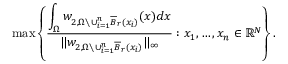
\operatorname* { m a x } \left\{ \frac { \displaystyle \int _ { \Omega } w _ { 2 , \Omega \setminus \cup _ { i = 1 } ^ { n } \overline { B } _ { r } ( x _ { i } ) } ( x ) d x } { \| w _ { 2 , \Omega \setminus \cup _ { i = 1 } ^ { n } \overline { B } _ { r } ( x _ { i } ) } \| _ { \infty } } : x _ { 1 } , \dots , x _ { n } \in \mathbb { R } ^ { N } \right\} .